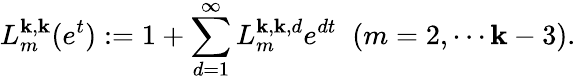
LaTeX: L_{m}^{\mathbf{k},\mathbf{k}}(e^{t}):=1+\sum_{d=1}^{\infty}L_{m}^{\mathbf{k},\mathbf{k},d}e^{dt}\; \; (m=2,\cdots\mathbf{k}-3).